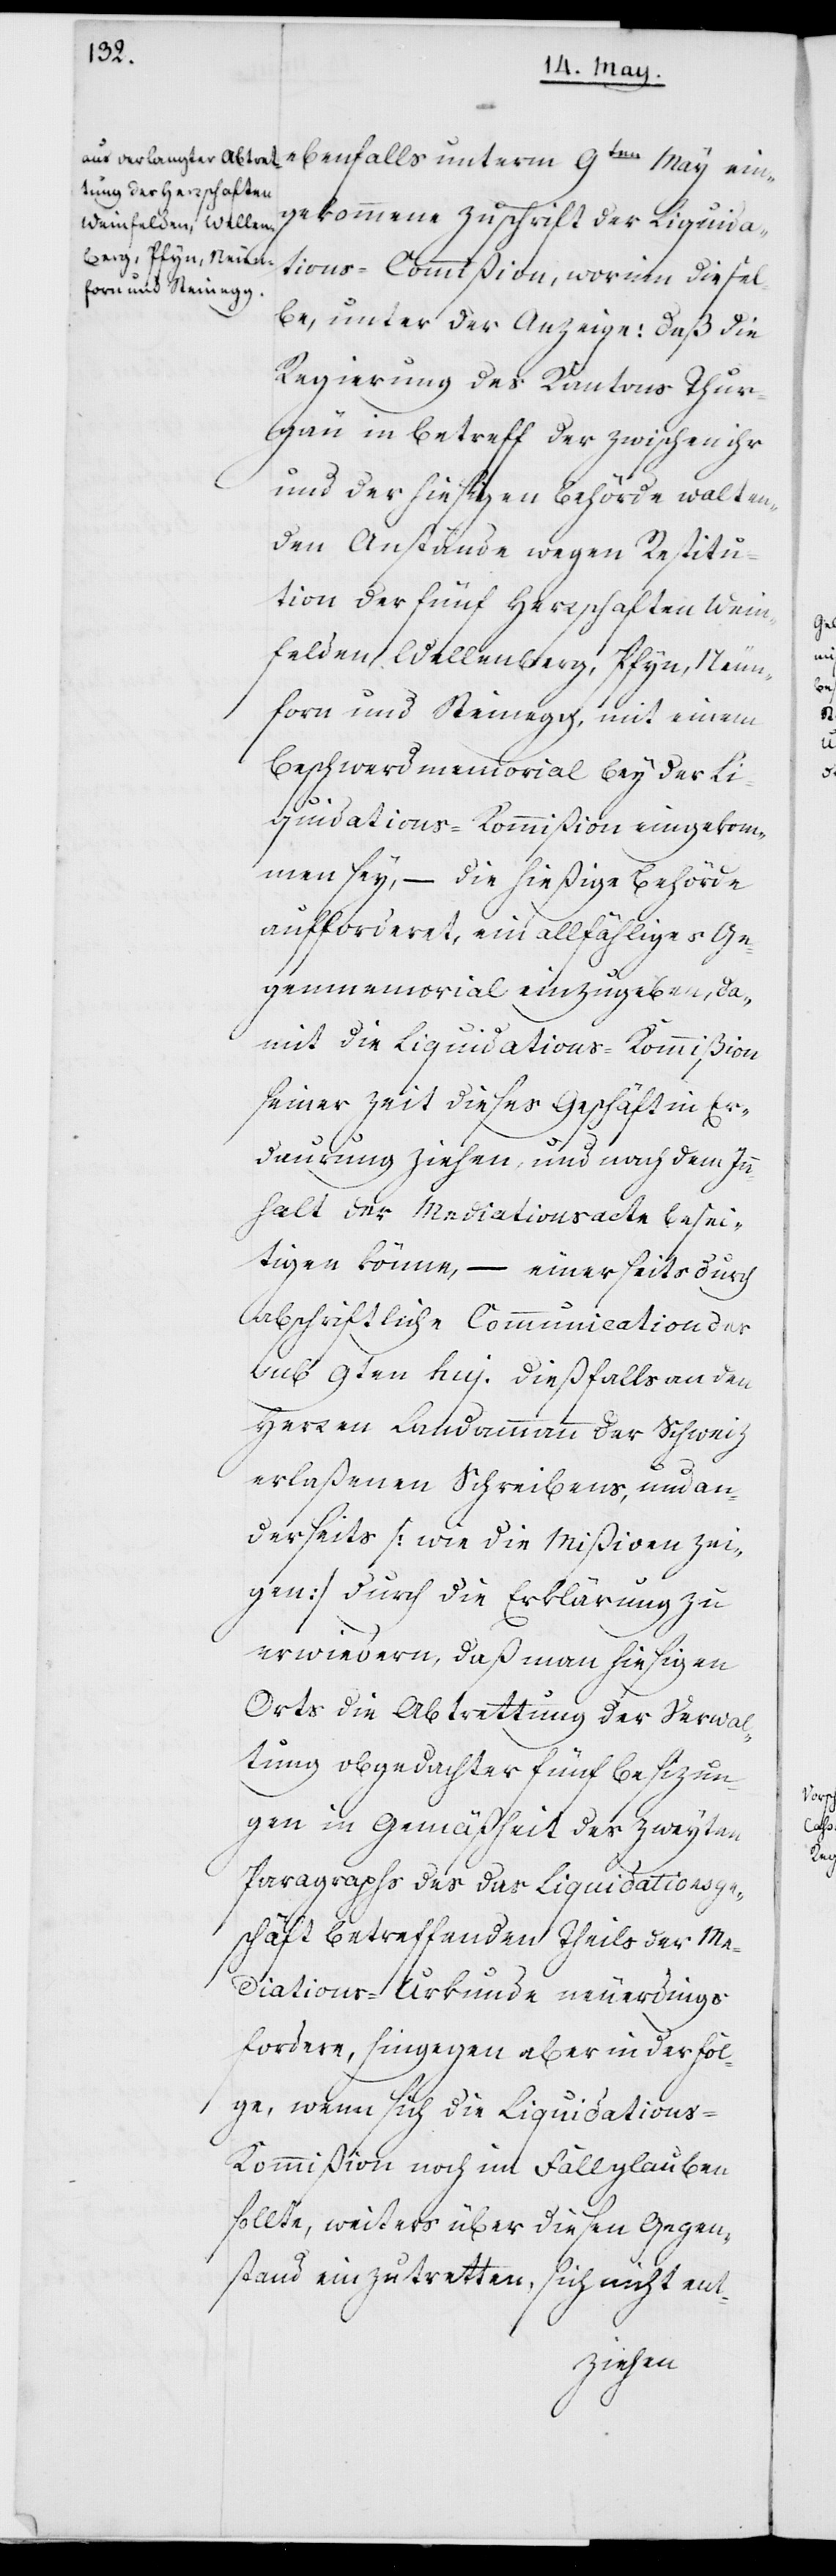
ebenfalls unterm 9ten May ein¬
gekommene Zuschrift der Liquida¬
tions-Commißion, worinn diesel¬
be, unter der Anzeige: daß die
Regierung des Kantons Thur¬
gau in Betreff der zwischen ihr
und der hiesigen Behörde walten¬
den Anstände wegen Restitu¬
tion der fünf Herrschaften Wein¬
felden, Wellenberg, Pfyn, Neun¬
forn und Steinegg, mit einem
Beschwerdmemorial bey der Li¬
quidations-Kommißion eingekom¬
men sey, – die hießige Behörde
aufforderet, ein allfähliges Ge¬
genmemorial einzugeben, da¬
mit die Liquidations-Kommißion
seiner Zeit dieses Geschäft in Er¬
daurung ziehen und nach dem Inn¬
halt der Mediationsacte besei¬
tigen könne, – einerseits durch
abschriftliche Communication des
sub 9ten huj. dießfalls an den
Herren Landammann der Schweiz
erlaßenen Schreibens, und an¬
derseits (wie die Mißiven zei¬
gen) durch die Erklärung zu
erwiedern, daß man hiesigen
Orts die Abtrettung der Verwal¬
tung obgedachter fünf Besizun¬
gen in Gemäßheit des zweyten
Paragraphs des das Liquidationsge¬
schäft betreffenden Theils der Me¬
diations-Urkunde neuerdings
fordere, hingegen aber in der Fol¬
ge, wenn sich die Liquidations-K¬
ommißion noch im Fall glauben
sollte, weiters über diesen Gegen¬
stand einzutretten, sich nicht ent-